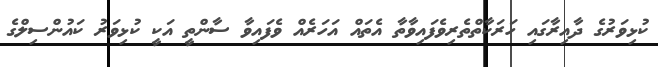
ކުޅިވަރުގެ ދާއިރާގައި ހަރަކާތްތެރިވެފައިވާތާ އެތައް އަހަރެއް ވެފައިވާ ސާންތީ އަކީ ކުޅިވަރު ކައުންސިލްގެ